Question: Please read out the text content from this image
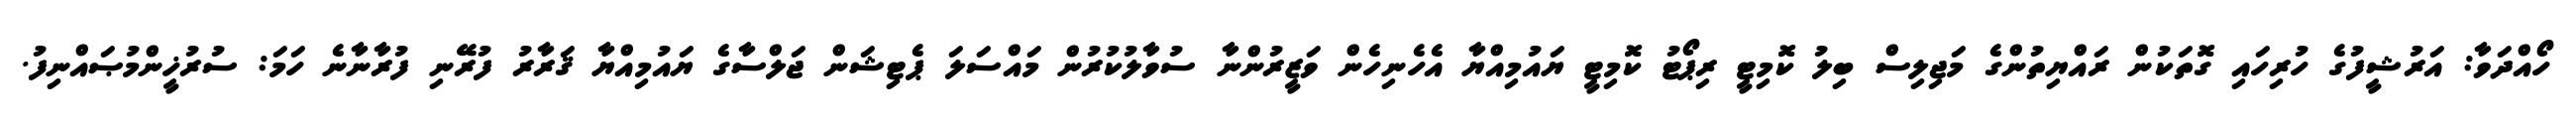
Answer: ހޯއްދަވާ: އަރުޝީފުގެ ހުރިހައި ގޮތަކުން ރައްޔިތުންގެ މަޖިލިސް ބިލު ކޮމިޓީ ރިޕޯޓު ކޮމިޓީ ޔައުމިއްޔާ އެހެނިހެން ވަޒީރުންނާ ސުވާލުކުރުން މައްސަލަ ޕެޓިޝަން ޖަލްސާގެ ޔައުމިއްޔާ ޤަރާރު ފުރޭނި ފުރާނާނެ ހަމަ: ސުރުޚީންމުޞައްނިފު.